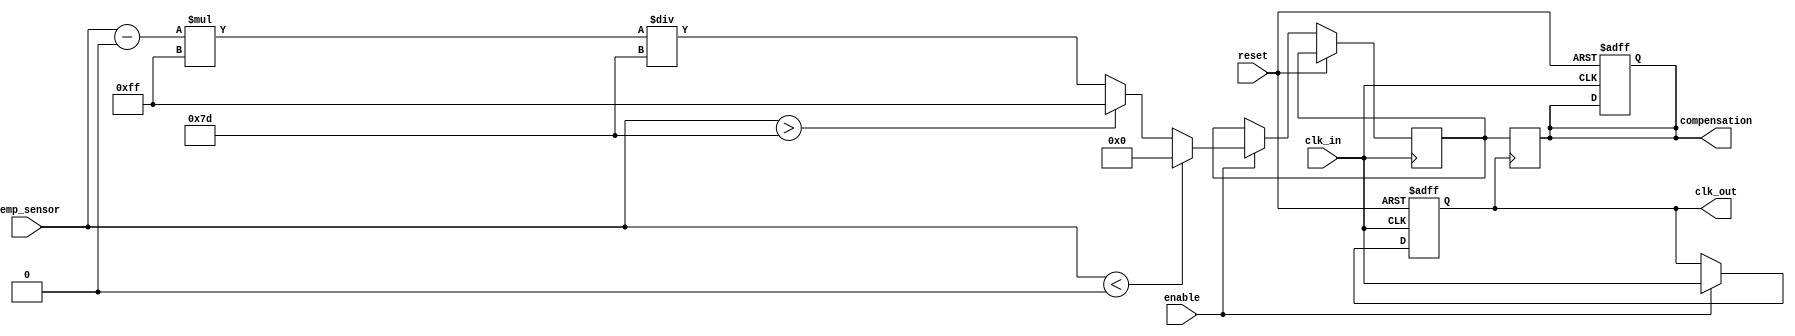
module TempCompClockBuffer (
    input wire clk_in,            // Input clock signal
    input wire [7:0] temp_sensor, // Temperature sensor input (8-bit for simplicity)
    output reg clk_out,           // Output clock signal
    output reg [7:0] compensation, // Compensation settings
    input wire enable,            // Enable signal for the buffer
    input wire reset              // Reset signal
);

    // Parameters for temperature compensation
    parameter TEMP_MIN = 8'd0;   // Minimum temperature (e.g., -40C)
    parameter TEMP_MAX = 8'd125;  // Maximum temperature (e.g., +125C)
    parameter COMP_MAX = 8'd255;  // Maximum compensation value

    // Internal signals
    reg [7:0] delay_setting;      // Delay setting based on temperature
    reg [7:0] duty_cycle_setting;  // Duty cycle adjustment

    // Clock buffering logic
    always @(posedge clk_in or posedge reset) begin
        if (reset) begin
            clk_out <= 0;
            compensation <= 0;
        end else if (enable) begin
            // Adjust delay and duty cycle based on temperature
            if (temp_sensor < TEMP_MIN) begin
                delay_setting <= 8'd0; // Minimum delay for low temperature
                duty_cycle_setting <= 8'd128; // 50% duty cycle
            end else if (temp_sensor > TEMP_MAX) begin
                delay_setting <= 8'd255; // Maximum delay for high temperature
                duty_cycle_setting <= 8'd64; // 25% duty cycle
            end else begin
                // Linear interpolation for compensation
                delay_setting <= (temp_sensor - TEMP_MIN) * COMP_MAX / (TEMP_MAX - TEMP_MIN);
                duty_cycle_setting <= 8'd128; // Default 50% duty cycle
            end
            
            // Apply compensation to clock output
            clk_out <= clk_in; // Basic buffering
            // Here you would implement the actual delay and duty cycle adjustments
            // This is a placeholder for the actual clock manipulation logic
        end
    end

    // Feedback mechanism (simplified)
    always @(posedge clk_out) begin
        // Adjust compensation based on output characteristics
        // This is a placeholder for feedback logic
        compensation <= delay_setting; // Example feedback
    end

endmodule